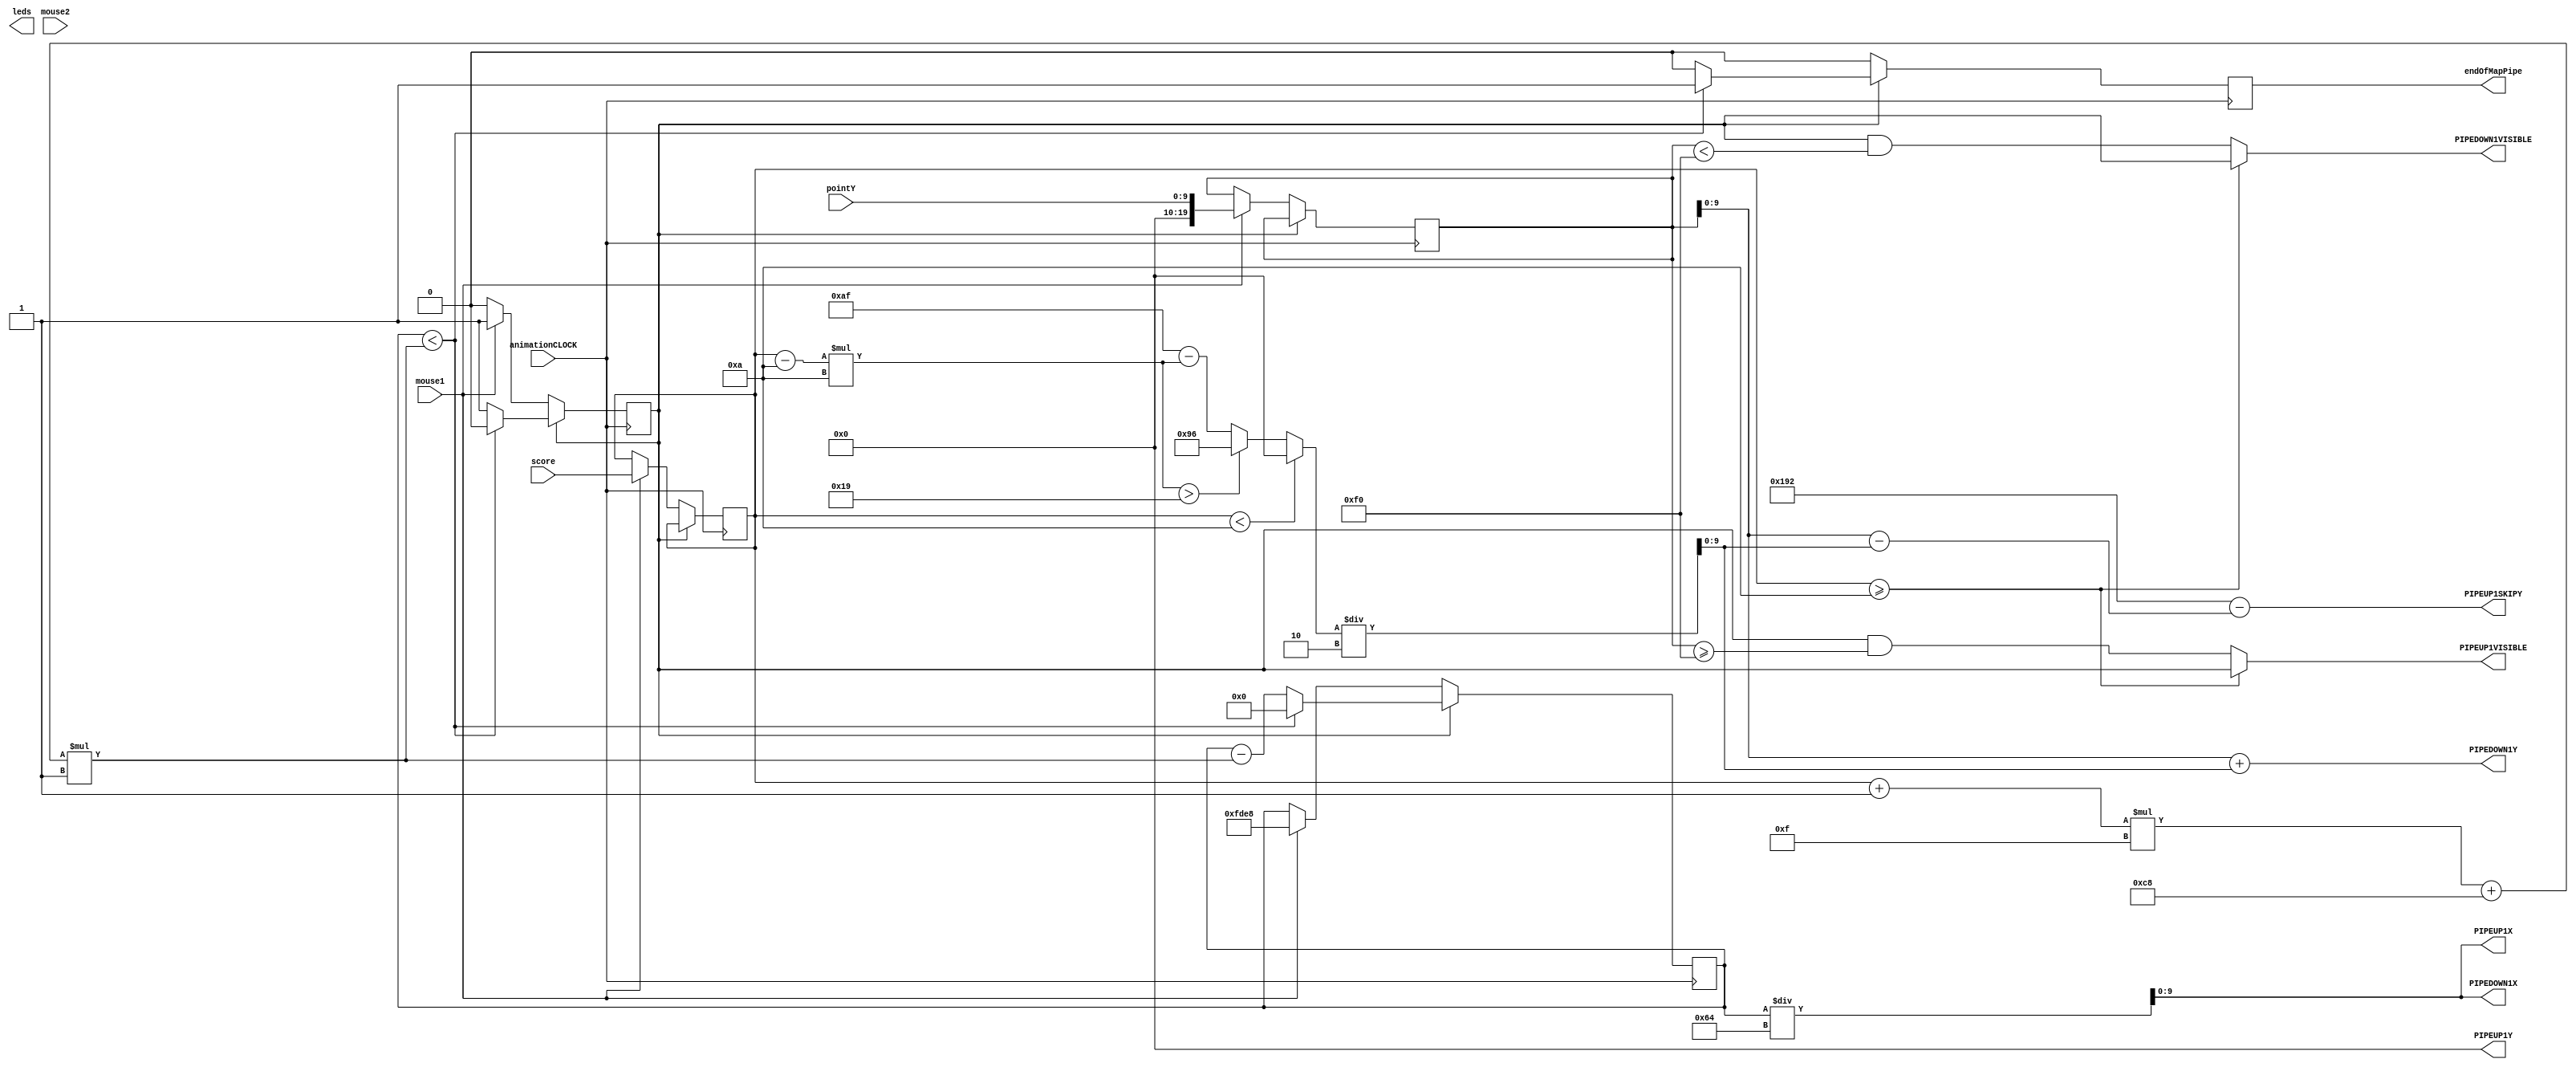
module pipeAnimations(animationCLOCK,PIPEDOWN1X,PIPEDOWN1Y,pointY,PIPEUP1X,PIPEUP1Y,PIPEDOWN1VISIBLE,PIPEUP1SKIPY,PIPEUP1VISIBLE,score,mouse1,mouse2,leds,endOfMapPipe);

input animationCLOCK;
output [9:0]PIPEDOWN1X;
output [9:0]PIPEDOWN1Y;
input [9:0]pointY;
output [9:0]PIPEUP1X;
output [9:0]PIPEUP1Y;
output PIPEDOWN1VISIBLE;
output [9:0]PIPEUP1SKIPY;
output PIPEUP1VISIBLE;

output endOfMapPipe;
reg endOfMapPipe;

output [3:0]leds;
input mouse1,mouse2;

input [9:0]score;
reg [9:0]score1;
reg [9:0]score2;
reg [9:0]score3;

localparam [9:0]scoreToPipeSpeed=15;
localparam [9:0]pipeSpeedMultiplier=1;
localparam [9:0]doublePipeMinScore=10;
localparam [9:0]basePipeSpace=175;
localparam [9:0]minPipeSpace=150;
localparam [9:0]spaceReductionPerScore=10;
localparam [9:0]pipeUpImageSize=402;
localparam [9:0]minSpeed=200;

reg pipe1En,pipe2En,pipe3En;

wire [9:0]pipeSpace1;
wire [9:0]currentTempSpace1;
wire useMin1;

assign useMin1=((score1-doublePipeMinScore)*spaceReductionPerScore>(basePipeSpace-minPipeSpace));
assign currentTempSpace1 = basePipeSpace-((score1-doublePipeMinScore)*spaceReductionPerScore);
assign pipeSpace1=(score1 < doublePipeMinScore) ? 0 : ((useMin1)?minPipeSpace:currentTempSpace1);

reg [19:0]real1posX;
reg [19:0]real2posX;
reg [19:0]real3posX;
reg [19:0]real1posY;
reg [19:0]real2posY;
reg [19:0]real3posY;

always @(posedge animationCLOCK)
begin

	if(endOfMapPipe==1) endOfMapPipe=0;

	if(pipe1En==1)
	begin
		if(real1posX<((((score1+1)*scoreToPipeSpeed)+minSpeed)*pipeSpeedMultiplier)) //Pipe 1 has reached the end. Disable it.
		begin
			pipe1En=0;
			real1posX=0;
			endOfMapPipe=1;
		end
		else
		begin
			real1posX=real1posX-((((score1+1)*scoreToPipeSpeed)+minSpeed)*pipeSpeedMultiplier);
		end
	end
	else
	begin
		if(pipe1En==0)
		begin
			if(mouse1==1)
			begin
				pipe1En=1;
				real1posY=pointY;	
				real1posX=650*100;
				score1=score;
			end
		end
	end	
	
end


assign PIPEDOWN1X=real1posX/100;
assign PIPEUP1X=real1posX/100;

assign PIPEDOWN1Y=real1posY+(pipeSpace1/2);

assign PIPEUP1Y=0;
assign PIPEUP1SKIPY=pipeUpImageSize-(real1posY-(pipeSpace1/2));

assign PIPEDOWN1VISIBLE= (score1>=doublePipeMinScore) ? (pipe1En) :(pipe1En && real1posY<240);
assign PIPEUP1VISIBLE= (score1>=doublePipeMinScore) ? (pipe1En) :(pipe1En && real1posY>=240);


endmodule